Report on the working of the mental hospitals for Indians in Bihar and Orissa - 1925-1929
Year: 1925
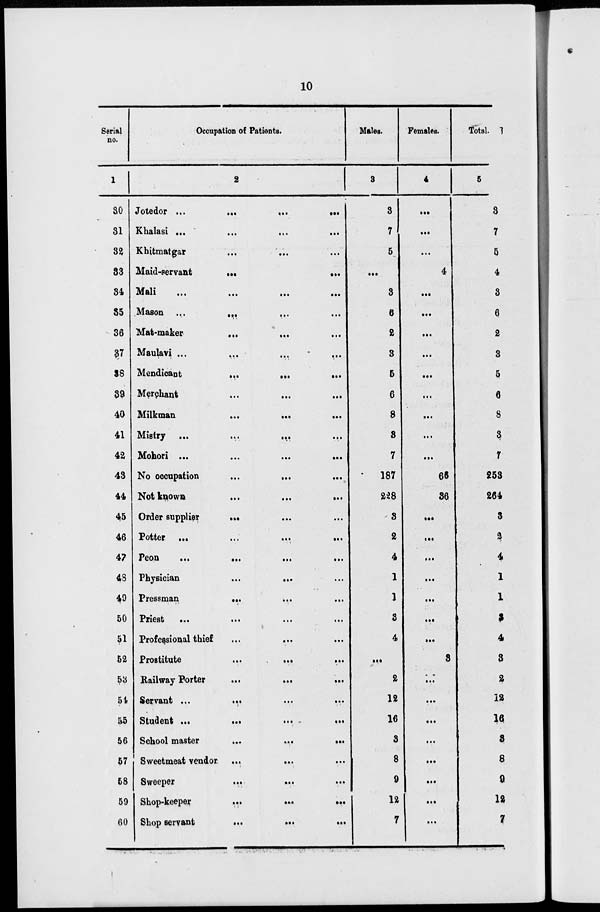
10
Serial
no.
1
30
31
32
33
34
35
36
37
38
39
40
41
42
43
44
45
46
47
48
49
50
51
52
53
54
55
56
57
58
59
60
Occupation of Patients.
2
Jotedor
...
...
...
...
Khalasi ... ... ... ...
Khitmatgar ... ... ...
Maid-servant
...
...
...
Mali
...
...
...
...
Mason
...
...
...
Mat-maker ... ... ... ...
Maulavi
...
...
...
...
Mendicant ... ... ...
Merchant ... ... ...
Milkman
...
...
Mistry ... ... ...
Mohori ...
...
...
...
No occupation ... ... ...
Not known
...
...
...
Order supplier
...
...
...
Potter
...
...
...
...
Peon
...
...
...
...
Physician
...
... ...
Pressman ... ... ...
Pries
...
...
...
...
Professional thief
...
...
...
Prostitute
...
...
...
Railway Porter
...
...
...
Servant ...
...
...
...
Student ...
...
...
...
School master
...
...
...
Sweetmeat vendor
...
...
...
Sweeper
...
...
...
Shop-keeper
...
...
...
Shop servant
...
...
...
Males.
3
3
7
5
...
3
6
2
3
5
6
8
3
7
187
228
3
2
4
1
1
3
4
...
2
12
16
3
8
9
12
7
Females.
4
...
...
...
4
...
...
...
...
...
...
...
...
...
66
36
...
...
...
...
...
...
...
3
...
...
...
...
...
...
...
...
Total.
5
3
7
5
4
3
6
2
3
5
6
8
3
7
253
264
3
2
4
1
1
3
4
8
2
12
16
3
8
9
12
7